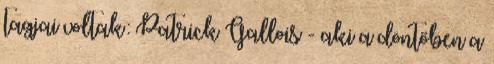
tagjai voltak: Patrick Gallois - aki a döntőben a